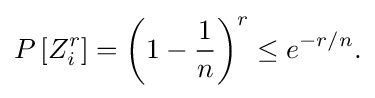
{\begin{aligned}P\left[{Z}_{i}^{r}\right]=\left(1-{\frac {1}{n}}\right)^{r}\leq e^{-r/n}.\end{aligned}}